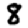
Digit: 8